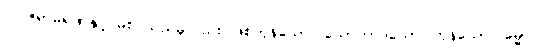
ဝါ၊ ဇရာမရဏနှင့် မစပ်သည်မူလည်း ဖြစ်ကုန်သော။ သောကာဒယော၊ ကုန်သော။ ဓမ္မာ